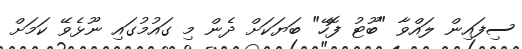
ސިފައިން ލައްވާ "ބޫޓު ފޮހޭ" ބަޔަކަށް ދެން މި ގައުމުގައި ނޫޅެވޭ ކަމަށް